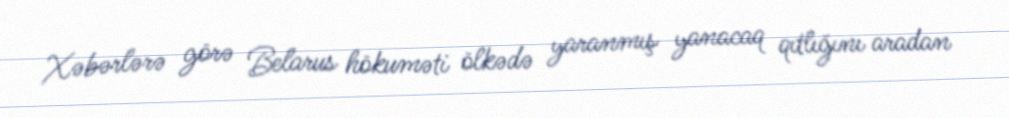
Xəbərlərə görə Belarus hökuməti ölkədə yaranmış yanacaq qıtlığını aradan